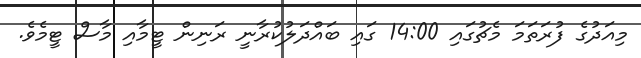
މިއަދުގެ ފުރަތަމަ މެޗުގައި 14:00 ގައި ބައްދަލުކުރާނީ ރަނިން ޓީމާއި މާސް ޓީމެވެ.